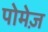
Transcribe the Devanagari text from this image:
पोमेज़